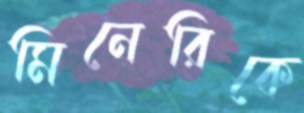
মিনেরিকে